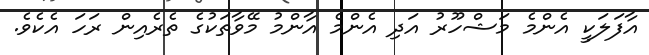
އާފަލަކީ އެންމެ މަޝްހޫރު އަދި އެންމެ އާންމު މޭވާތަކުގެ ތެރެއިން ރަހަ އެކެވެ.